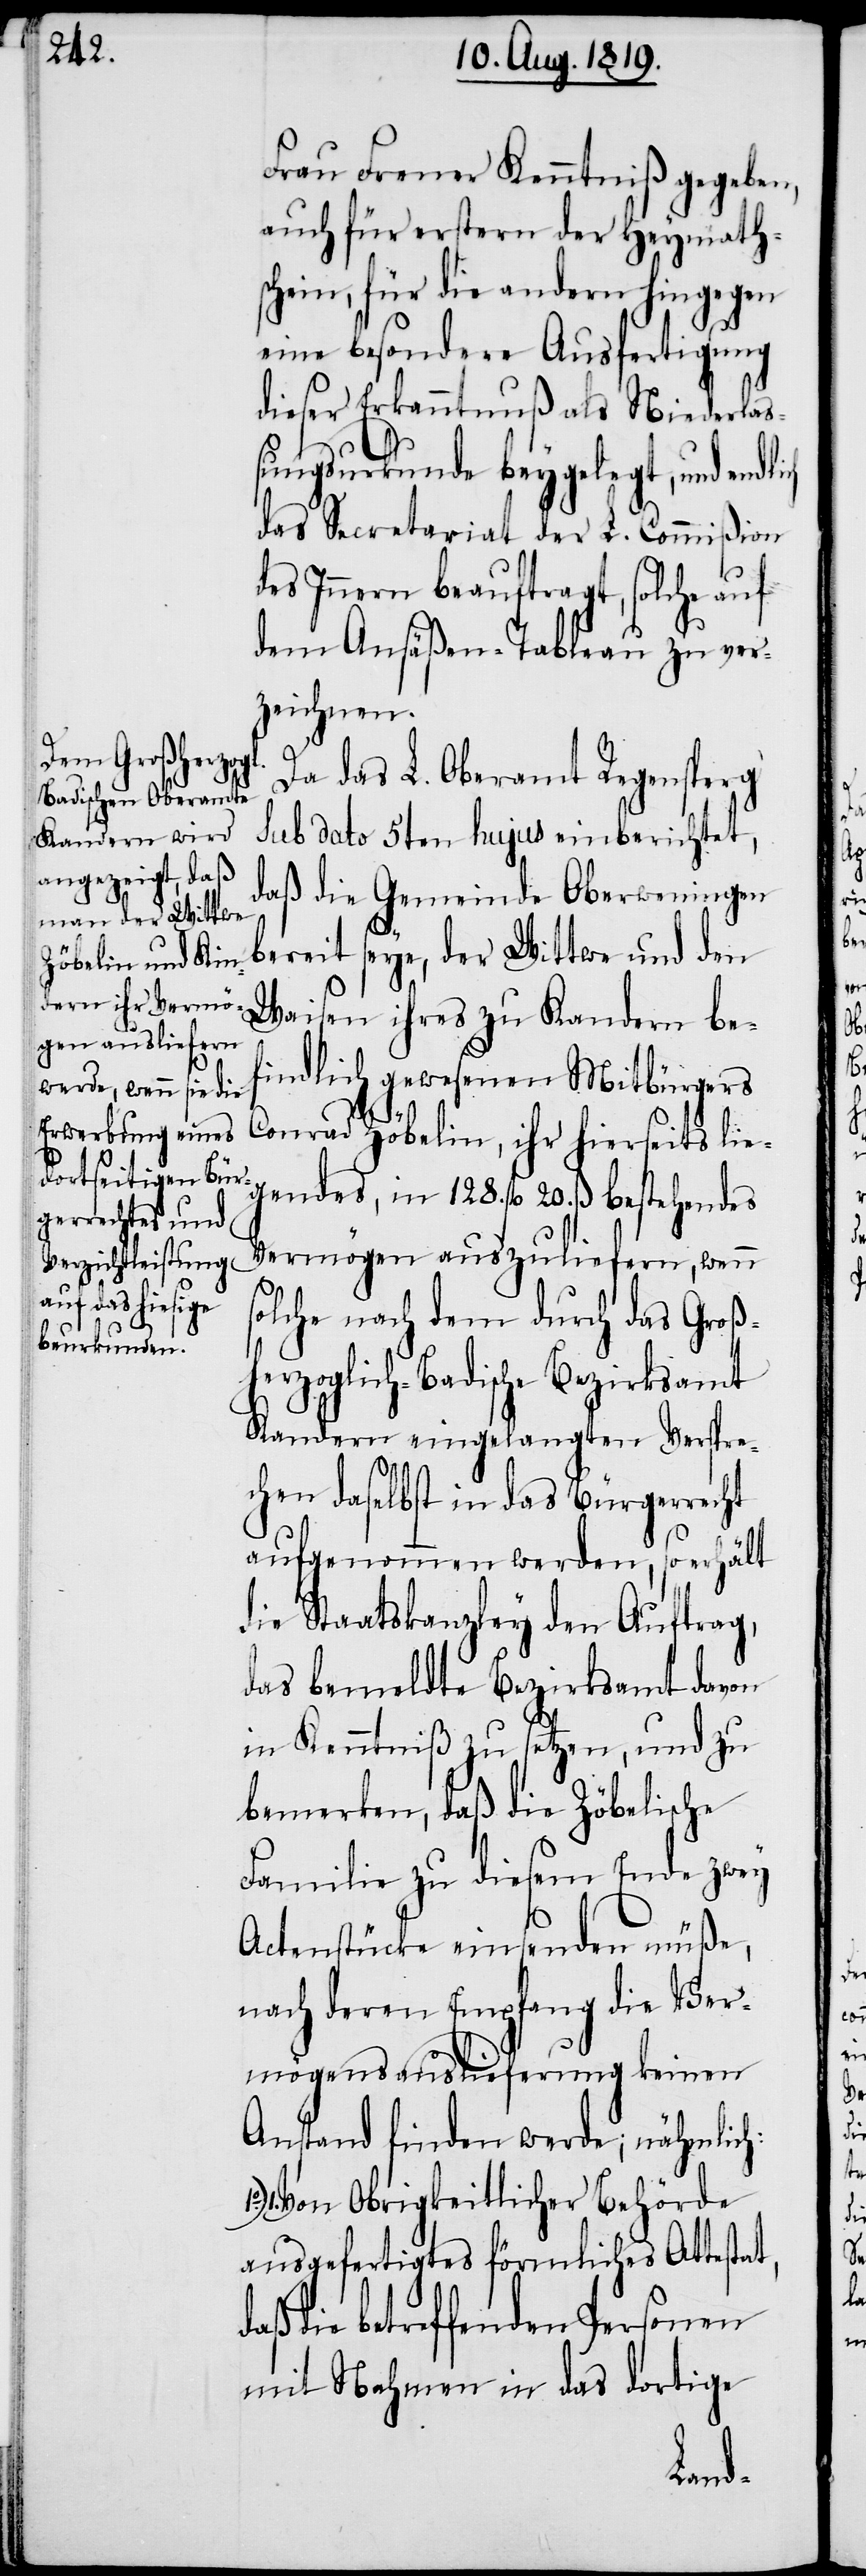
Frau Frener Kenntniß gegeben,
auch für erstern der Heymath¬
schein, für die andern hingegen
eine besondere Ausfertigung
dieser Erkanntnuß als Niederlas¬
sungsurkunde beygelegt, und endlich
das Secretariat der L. Commißion
des Innern beauftragt, solche auf
dem Ansäßen-Tableau zu ver¬
zeichnen.
Da das L. Oberamt Regensperg
sub dato 5ten hujus einberichtet,
daß die Gemeinde Oberweningen
bereit seye, der Wittwe und den
Waisen ihres zu Kandern be¬
findlich gewesenen Mitbürgers
Conrad Zöbelin, ihr hierseits lie¬
gendes, in 128. fl. 20. ß bestehendes
Vermögen auszuliefern, wenn s¬
olche nach dem durch das Groß¬
herzoglich-Badische Bezirksamt
Kandern eingelangten Verspre¬
chen daselbst in das Bürgerrecht
aufgenommen werden, so erhält
die Staatskanzley den Auftrag,
das bemeldte Bezirksamt davon
in Kenntniß zu setzen, und zu
bemerken, daß die Zöbelische
Familie zu diesem Ende zwey
Actenstücke einsenden müße,
nach deren Empfang die Ver¬
mögensauslieferung keinen
Anstand finden werde; nähmlich:
1.) Von Obrigkeitlicher Behörde
ausgefertigtes förmliches Attestat,
daß die betreffenden Personen
mit Nahmen in das dortige